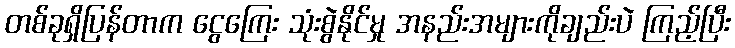
တစ်ခုရှိပြန်တာက ငွေကြေး သုံးစွဲနိုင်မှု အနည်းအများကိုချည်းပဲ ကြည့်ပြီး